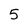
Character: 5